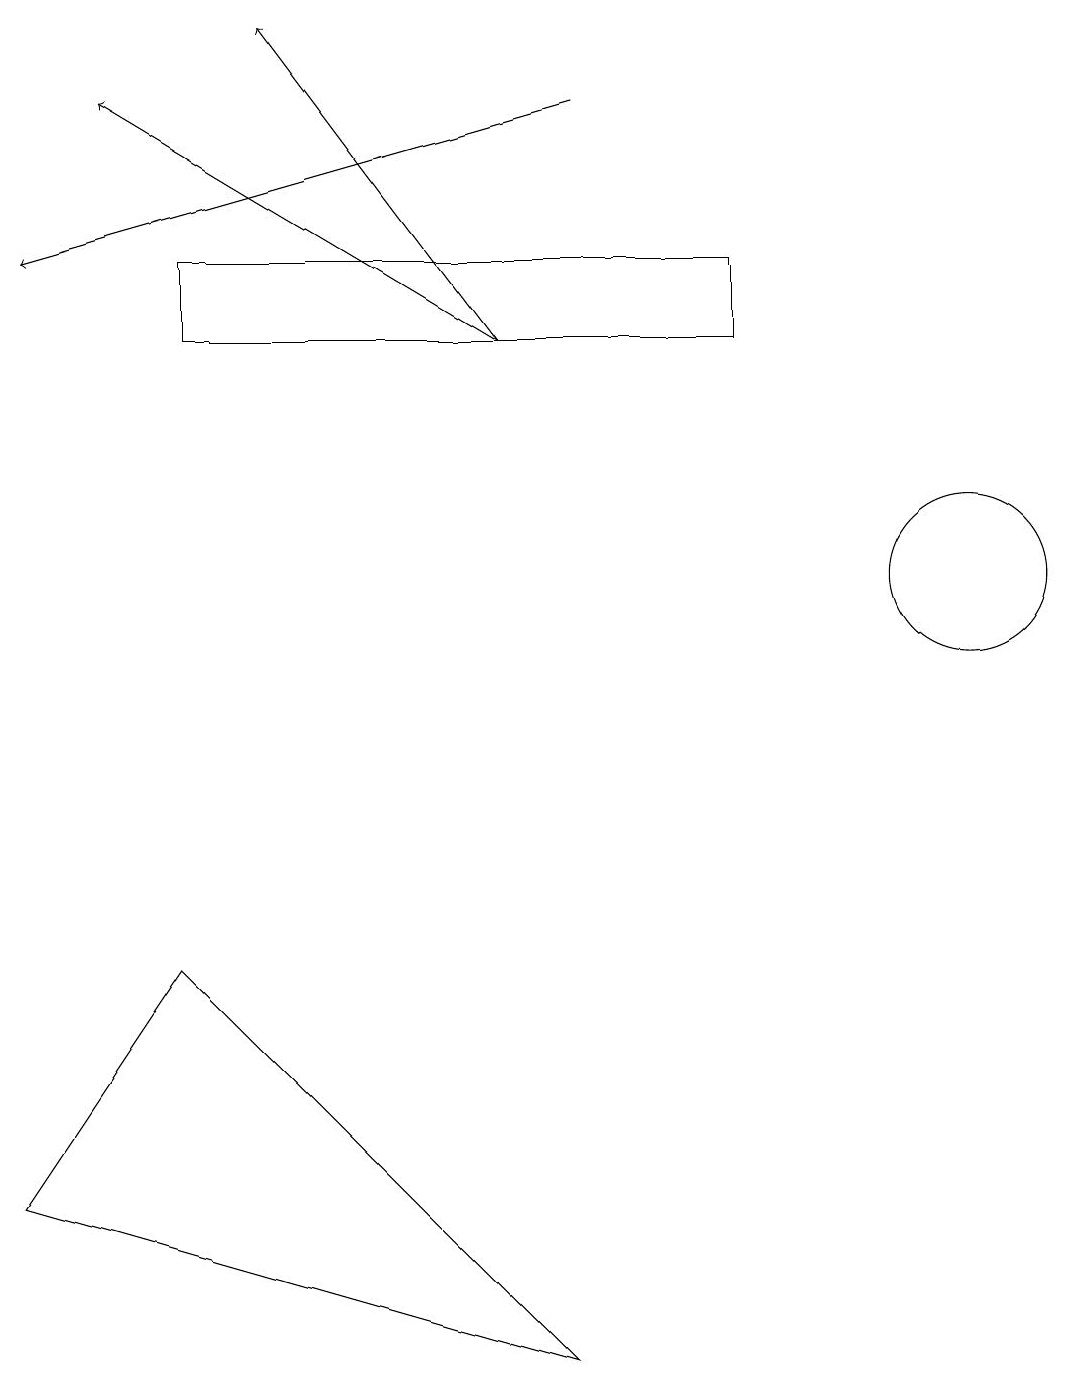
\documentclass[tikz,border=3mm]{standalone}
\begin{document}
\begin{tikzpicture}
\draw (12,11) circle (1);
\draw[->] (6,14) -- (3,18);
\draw (2,6) -- (0,3) -- (7,1) -- cycle;
\draw[->] (6,14) -- (1,17);
\draw (9,15) rectangle (2,14);
\draw[->] (7,17) -- (0,15);
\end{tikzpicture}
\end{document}